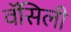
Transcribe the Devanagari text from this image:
वॅसिली